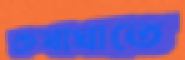
কষাঘাতে